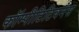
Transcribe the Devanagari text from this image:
कॉम्पीटिटिवनेस